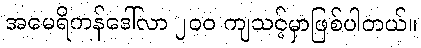
အမေရိကန်ဒေါ်လာ ၂၀၀ ကျသင့်မှာဖြစ်ပါတယ်။